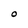
Character: O